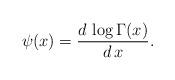
LaTeX: \begin{align*}\psi(x)=\frac{d\, \log\Gamma(x)}{d\,x} .\end{align*}